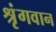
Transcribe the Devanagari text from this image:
श्रृंगवान